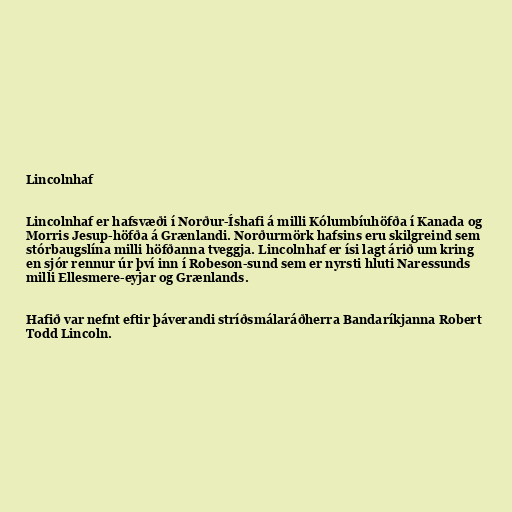
Lincolnhaf

Lincolnhaf er hafsvæði í Norður-Íshafi á milli Kólumbíuhöfða í Kanada og
Morris Jesup-höfða á Grænlandi. Norðurmörk hafsins eru skilgreind sem
stórbaugslína milli höfðanna tveggja. Lincolnhaf er ísi lagt árið um kring
en sjór rennur úr því inn í Robeson-sund sem er nyrsti hluti Naressunds
milli Ellesmere-eyjar og Grænlands.

Hafið var nefnt eftir þáverandi stríðsmálaráðherra Bandaríkjanna Robert
Todd Lincoln.